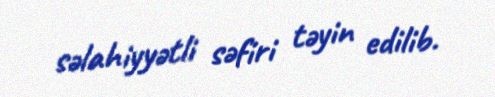
səlahiyyətli səfiri təyin edilib.